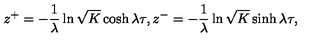
z ^ { + } = - \frac { 1 } { \lambda } \ln \sqrt { K } \cosh \lambda \tau , z ^ { - } = - \frac { 1 } { \lambda } \ln \sqrt { K } \sinh \lambda \tau ,